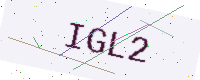
Text: IGL2